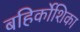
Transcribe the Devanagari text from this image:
बहिर्कोशिका